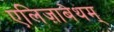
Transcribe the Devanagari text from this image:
एलिज़ाबेथम्